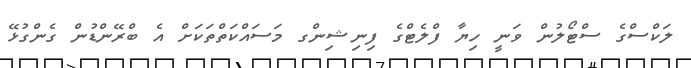
ލަކްސްގެ ސްޓޯލުން ވަނީ ހިޔާ ފްލެޓްގެ ފިނިޝިންގ މަސައްކަތްތަކަށް އެ ބްރޭންޑުން ގެންގުޅޭ